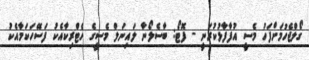
ގޯލްޖެހުމަށްފަހު މެސީ އުފާފާޅުކުރަނީ - ފޮޓޯ: ބާސެލޯނާ ލައިނަލް މެސީގެ ހެޓްރިކާއެކު ފަސޭހަކަމާއެކު